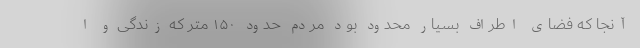
آنجا که فضای اطراف بسیار محدود بود مردم حدود ۱۵۰ متر که زندگی و ا